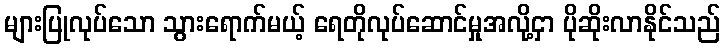
များပြုလုပ်သော သွားရောက်မယ့် ရေတိုလုပ်ဆောင်မှုအလို့ငှာ ပိုဆိုးလာနိုင်သည်